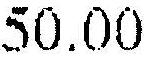
50.00